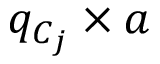
q _ { C _ { j } } \times a